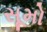
સૂમો